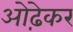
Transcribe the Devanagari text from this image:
ओढ़ेकर